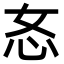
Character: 㣽